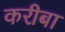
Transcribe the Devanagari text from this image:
करीबा